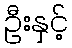
ဦးနှင့်